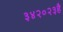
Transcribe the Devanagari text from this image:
३४२०२३है